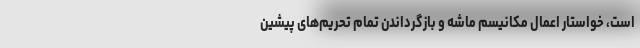
است، خواستار اعمال مکانیسم ماشه و بازگرداندن تمام تحریم‌های پیشین